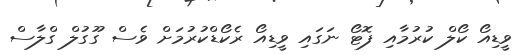
ވީޑިއޯ ކޯލް ކުރުމާއި ފޮޓޯ ނަގައި ވީޑިއޯ ރެކޯޑްކުރުމަށް ވެސް ގޫގުލް ގްލާސް